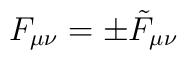
F_{\mu \nu} = \pm \tilde F_{\mu \nu}